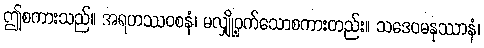
ဤစကားသည်။ အရဟဿဝစနံ၊ မလျှို့ဝှက်သောစကားတည်း။ သဒေဝမနုဿာနံ၊